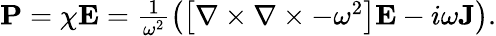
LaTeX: \begin{array}{r}{\textbf{P}=\chi\textbf{E}=\frac{1}{\omega^{2}}\left(\left[\nabla\times\nabla\times-\omega^{2}\right]\textbf{E}-i\omega\textbf{J}\right).}\end{array}